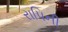
રાપિની